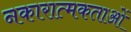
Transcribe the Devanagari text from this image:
नकारात्मकताओं